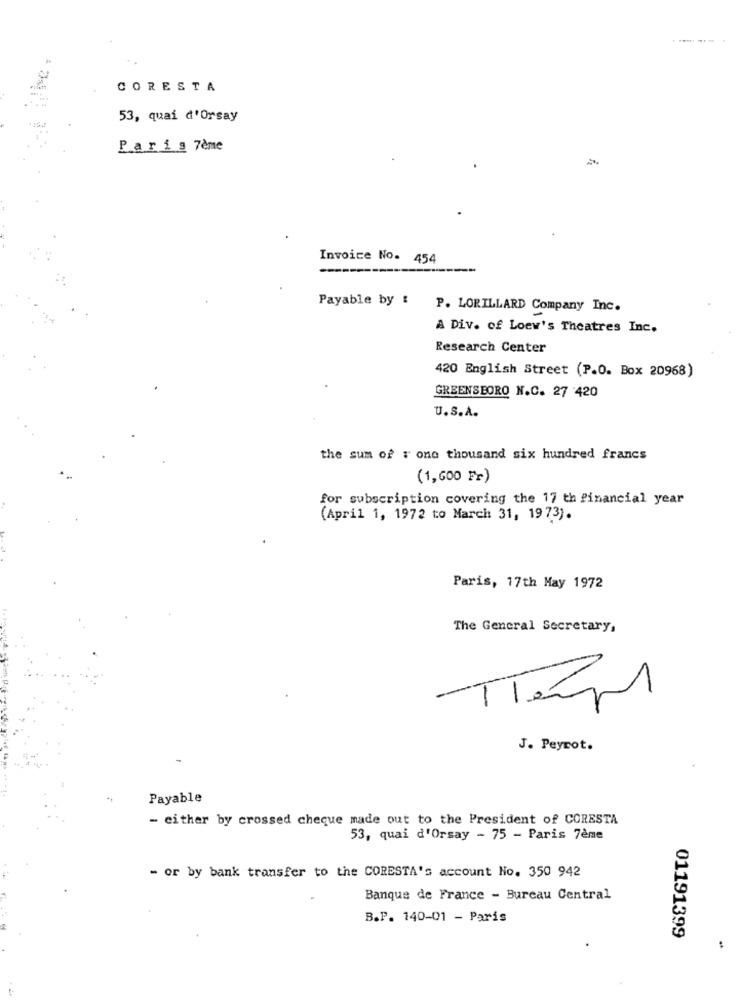
CORESTA
53, quai d'orsay
P.a.ris 7ème
Invoice No. 454
---
Payable by : P. LORILLARD Company Inc.
A Div. of Loew's Theatres Inc.
Research Center
420 English Street (P.O. Box 20968)
GREENSBORO N.C. 27 420
U.S.A.
the sum of : one thousand six hundred francs
(1,600 Fr)
for subscription covering the 17 th financial year
(April 1, 1972 to March 31, 19 73).
Paris, 17th May 1972
The General Secretary,
-
J. Peyrot.
..
Payable
- either by crossed cheque made out to the President of CORESTA
53, quai d'orsay - 75 - Paris 7ème
- or by bank transfer to the CORESTA's account No. 350 942
Banque de France - Bureau Central
B.P. 140-01 - Paris
01191399